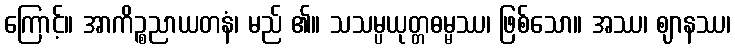
ကြောင့်။ အာကိဉ္စညာယတနံ၊ မည် ၏။ သသမ္ပယုတ္တဓမ္မဿ၊ ဖြစ်သော။ အဿ၊ ဈာနဿ၊